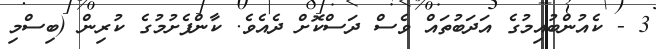
3 - ކެއުންބުއިމުގެ އަދަބުތައް ވެސް ދަސްކޮށް ދެއެވެ. ކާންފެށުމުގެ ކުރިން (ބިސްމި